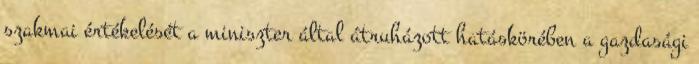
szakmai értékelését a miniszter által átruházott hatáskörében a gazdasági